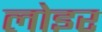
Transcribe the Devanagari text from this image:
लोइर